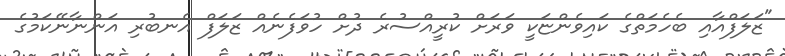
"ޒަލަފްއާއި ބެހެމަތްގެ ކައިވެންޏަކީ ވަރަށް ކުރީއްސުރެ ދުށް ހުވަފެނެއް ޒަލަފް އެނބުރި އަންނާނޭކަމުގެ